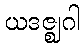
ယဒဇ္ဈဂါ